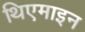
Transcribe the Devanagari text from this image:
थिएमाइन